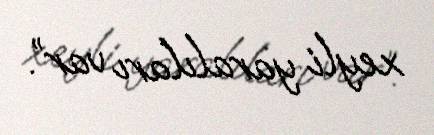
xeyli yaralıları var”.